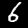
Label: 6